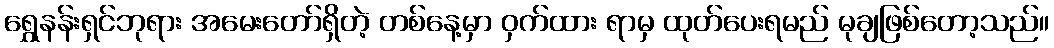
ရွှေနန်းရှင်ဘုရား အမေးတော်ရှိတဲ့ တစ်နေ့မှာ ဝှက်ထား ရာမှ ထုတ်ပေးရမည် မုချဖြစ်တော့သည်။